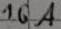
Text: 16A